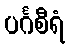
ပင်္ဂစီရံ